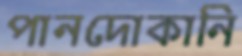
পানদোকানি